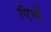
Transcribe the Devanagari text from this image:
पिर्भो